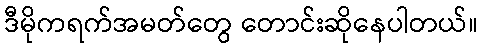
ဒီမိုကရက်အမတ်တွေ တောင်းဆိုနေပါတယ်။